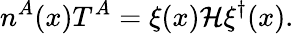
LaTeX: n^{A}(x)T^{A}=\xi(x){\cal\mathcal{H}}\xi^{\dagger}(x).